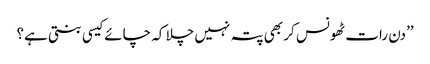
’’دن رات ٹھونس کر بھی پتہ نہیں چلا کہ چائے کیسی بنتی ہے؟